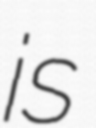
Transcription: is